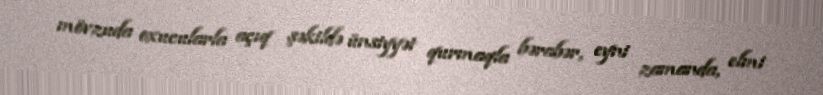
mövzuda oxucularla açıq şəkildə ünsiyyət qurmaqla bərabər, eyni zamanda, elmi